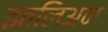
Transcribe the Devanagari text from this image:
इतलिअन